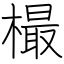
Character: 樶